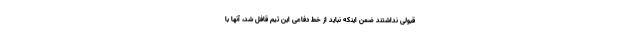
قبولی نداشتند ضمن اینکه نباید از خط دفاعی این تیم قافل شد، آنها با